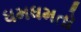
ધમધમતો